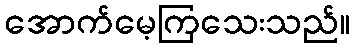
အောက်မေ့ကြသေးသည်။